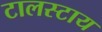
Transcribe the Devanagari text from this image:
टालस्‍टाय